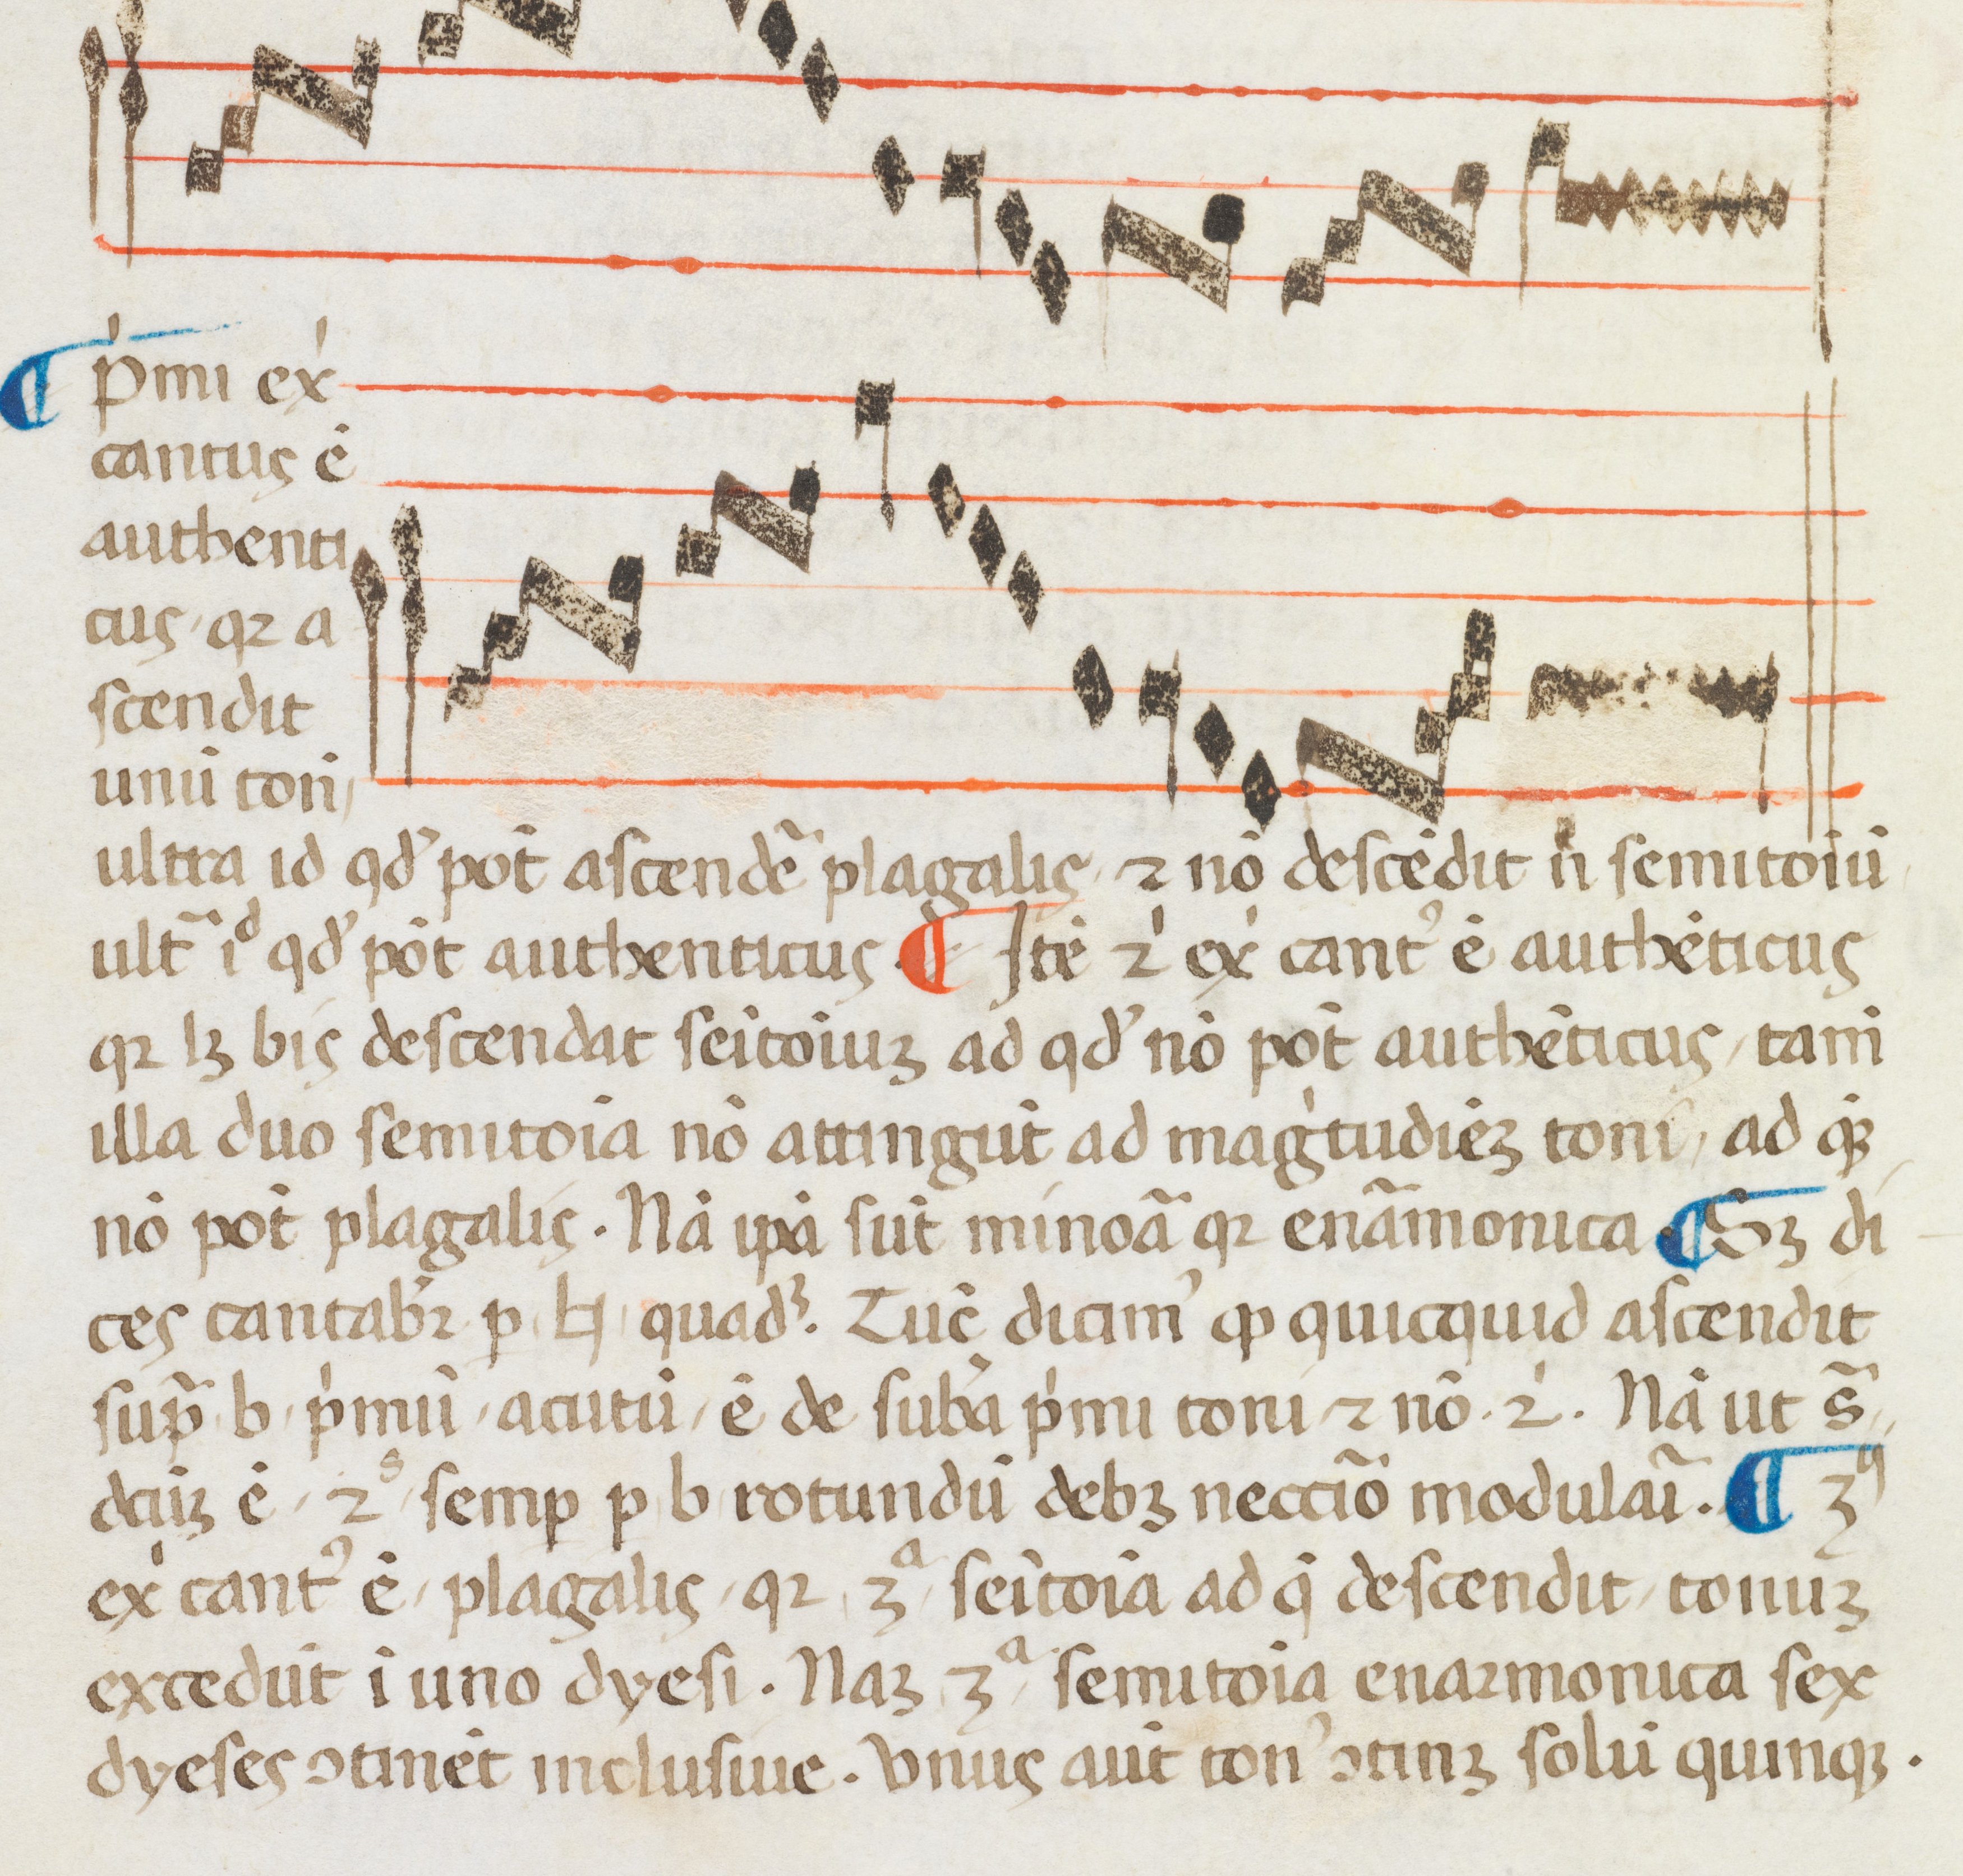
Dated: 1400–1499